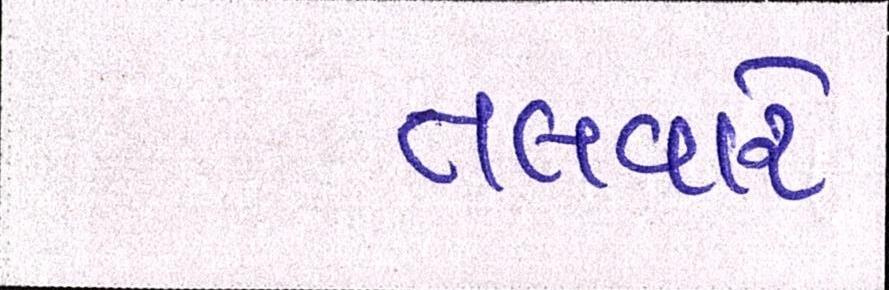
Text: તલવારે